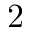
2